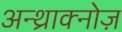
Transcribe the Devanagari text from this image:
अन्थ्राक्नोज़